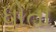
ધોતા